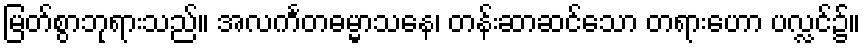
မြတ်စွာဘုရားသည်။ အလင်္ကတဓမ္မာသနေ၊ တန်းဆာဆင်သော တရားဟော ပလ္လင်၌။